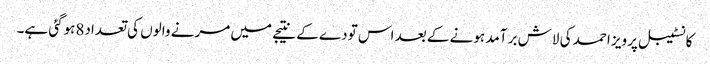
کانسٹیبل پرویز احمد کی لاش بر آمد ہونے کے بعد اس تودے کے نتیجے میں مرنے والوں کی تعداد8ہوگئی ہے۔